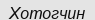
Хотогчин